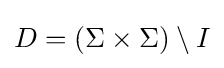
D=(\Sigma \times \Sigma )\setminus I